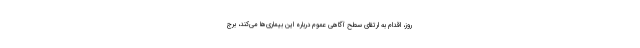
روز، اقدام به ارتقای سطح آگاهی عموم درباره این بیماری‌ها می‌کند، برج